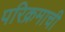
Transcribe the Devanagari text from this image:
परिक्रमाची